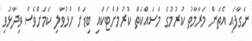
ނަގާފައި އެތަން މަރާމާތު ކުރުމުގެ މަސައްކަތް ކުރުމަށްޓަކައި ބިޑަށް ހުޅުވާލި ކަމަށްވެސް ވިދާޅުވި